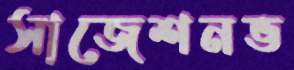
সাজেশনভ